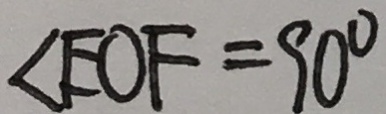
\angle E O F = 9 0 ^ { \circ }